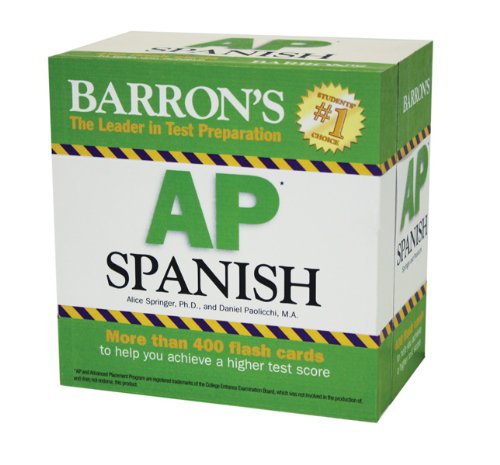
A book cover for Barron's AP Spanish Flash Cards; Alice G. Springer Ph.D.; Test Preparation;